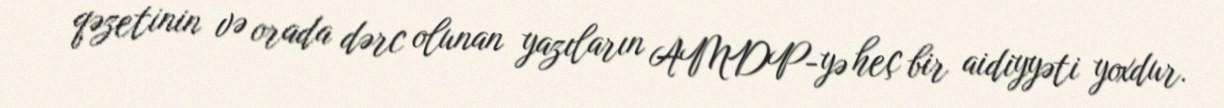
qəzetinin və orada dərc olunan yazıların AMDP-yə heç bir aidiyyəti yoxdur.